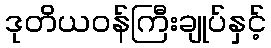
ဒုတိယဝန်ကြီးချုပ်နှင့်